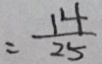
= \frac { 1 4 } { 2 5 }